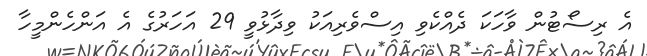
އެ ރިސޯޓުން ވާހަކަ ދެއްކެވި އިސްވެރިއަކު ވިދާޅުވީ 29 އަހަރުގެ އެ އަންހެންމީހާ